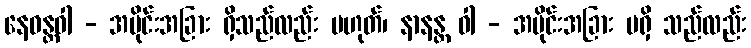
နေဝန္တဝါ - အပိုင်းအခြား ရှိသည်လည်း မဟုတ်၊ နာနန္တ ဝါ - အပိုင်းအခြား မရှိ သည်လည်း